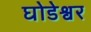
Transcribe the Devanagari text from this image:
घोडेश्वर